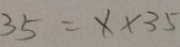
3 5 = x \times 3 5